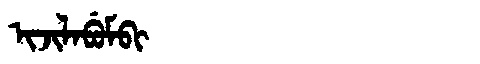
Manchu: ᡳᠵᡳᠯᠠᠪᡠᠮᠪᡳ
Romanization: IJILABUMBI